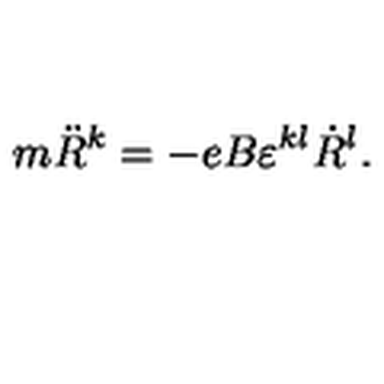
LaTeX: m \ddot { R } ^ { k } = - e B \varepsilon ^ { k l } \dot { R } ^ { l } .